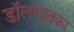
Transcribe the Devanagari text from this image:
डॉलरइतका